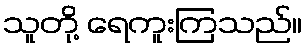
သူတို့ ရေကူးကြသည်။